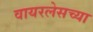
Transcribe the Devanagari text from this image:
वायरलेसच्या